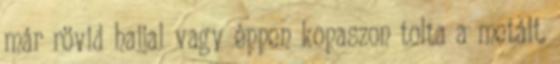
már rövid hajjal vagy éppen kopaszon tolta a metált.